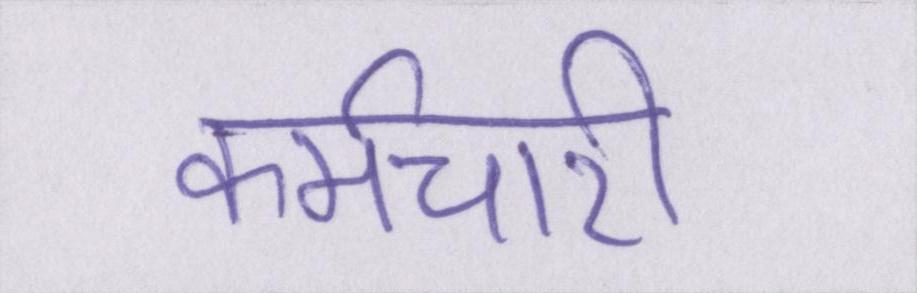
कर्मचारी